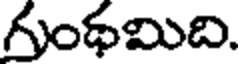
గుంథమిది.